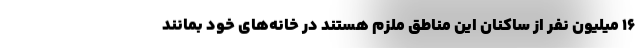
۱۶ میلیون نفر از ساکنان این مناطق ملزم هستند در خانه‌های خود بمانند